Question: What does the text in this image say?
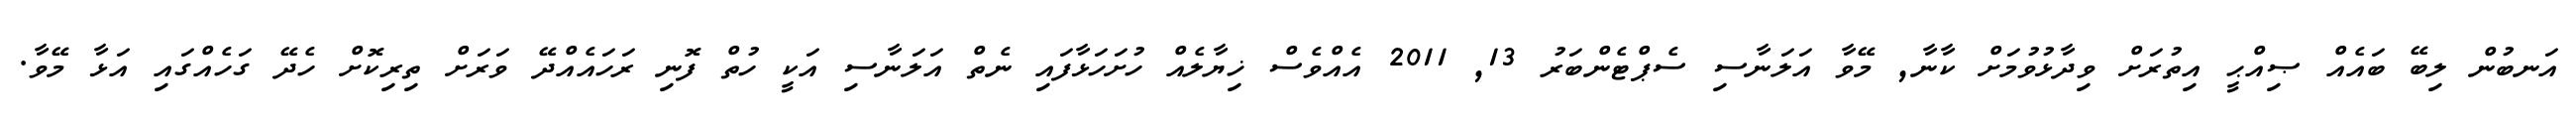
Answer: އަނބުން ލިބޭ ބައެއް ޞިއްޙީ އިތުރަށް ވިދާޅުވުމަށް ކާނާ, މޭވާ އަލަނާސި ސެޕްޓެންބަރު 13, 2011 އެއްވެސް ޚިޔާލެއް ހުށަހަޅާފައި ނެތް އަލަނާސި އަކީ ހުތް ފޮނި ރަހައެއްދޭ ވަރަށް ތިރިކޮށް ހެދޭ ގަހެއްގައި އަޅާ މޭވާ.